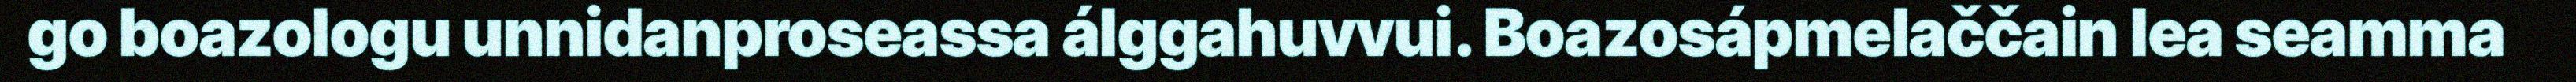
go boazologu unnidanproseassa álggahuvvui. Boazosápmelaččain lea seamma